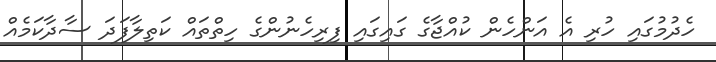
ހެދުމުގައި ހުރި އެ އަންހެން ކުއްޖާގެ ގައިގައި ފިރިހެނުންގެ ހިތްތައް ކަތިލާފަދަ ސާދާކަމެއް